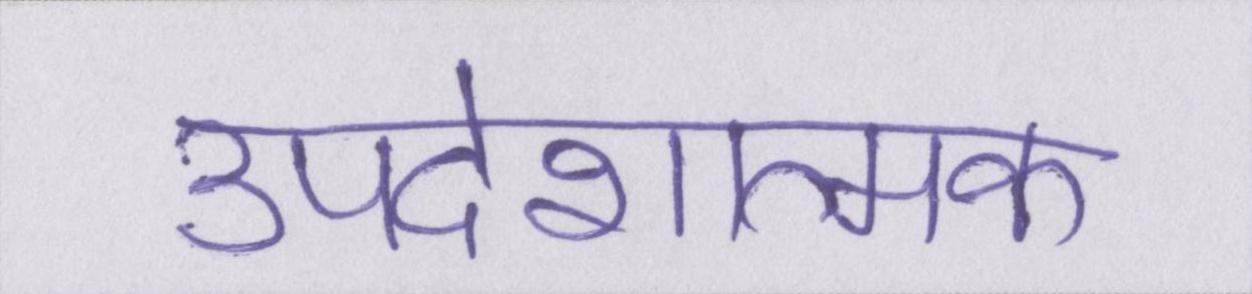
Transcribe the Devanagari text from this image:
उपदेशात्मक